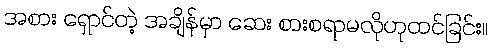
အစား ရှောင်တဲ့ အချိန်မှာ ဆေး စားစရာမလိုဟုထင်ခြင်း။